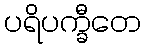
ပရိပက္ခီတေ